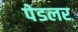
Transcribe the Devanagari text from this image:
पेडलर